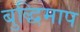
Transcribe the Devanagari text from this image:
बुद्धिमाप